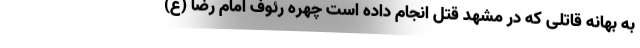
به بهانه قاتلی که در مشهد قتل انجام داده است چهره رئوف امام رضا (ع)